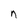
Character: n